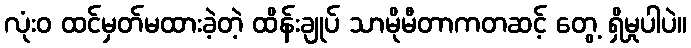
လုံးဝ ထင်မှတ်မထားခဲ့တဲ့ ထိန်းချုပ် သာမိုမီတာကတဆင့် တွေ့ ရှိမှုပါပဲ။